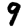
Digit: 9